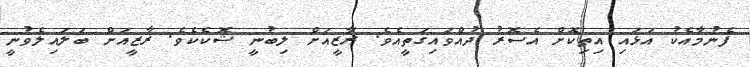
ފެނުމާއެކު އަޅައި އިތިކޮށް އެސޮރު ދުއްވައިގަތީއެވެ. ރާޒީއަށް ލިބުނީ ޝޮކެކެވެ. ރާޒީއަށް ބަލައިލެވުނީ